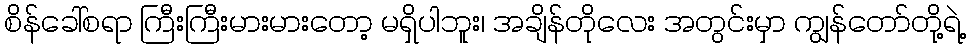
စိန်ခေါ်စရာ ကြီးကြီးမားမားတော့ မရှိပါဘူး၊ အချိန်တိုလေး အတွင်းမှာ ကျွန်တော်တို့ရဲ့